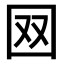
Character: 𡇄